Eesti_Vabariigi_Tartu_Ulikool, lk 43
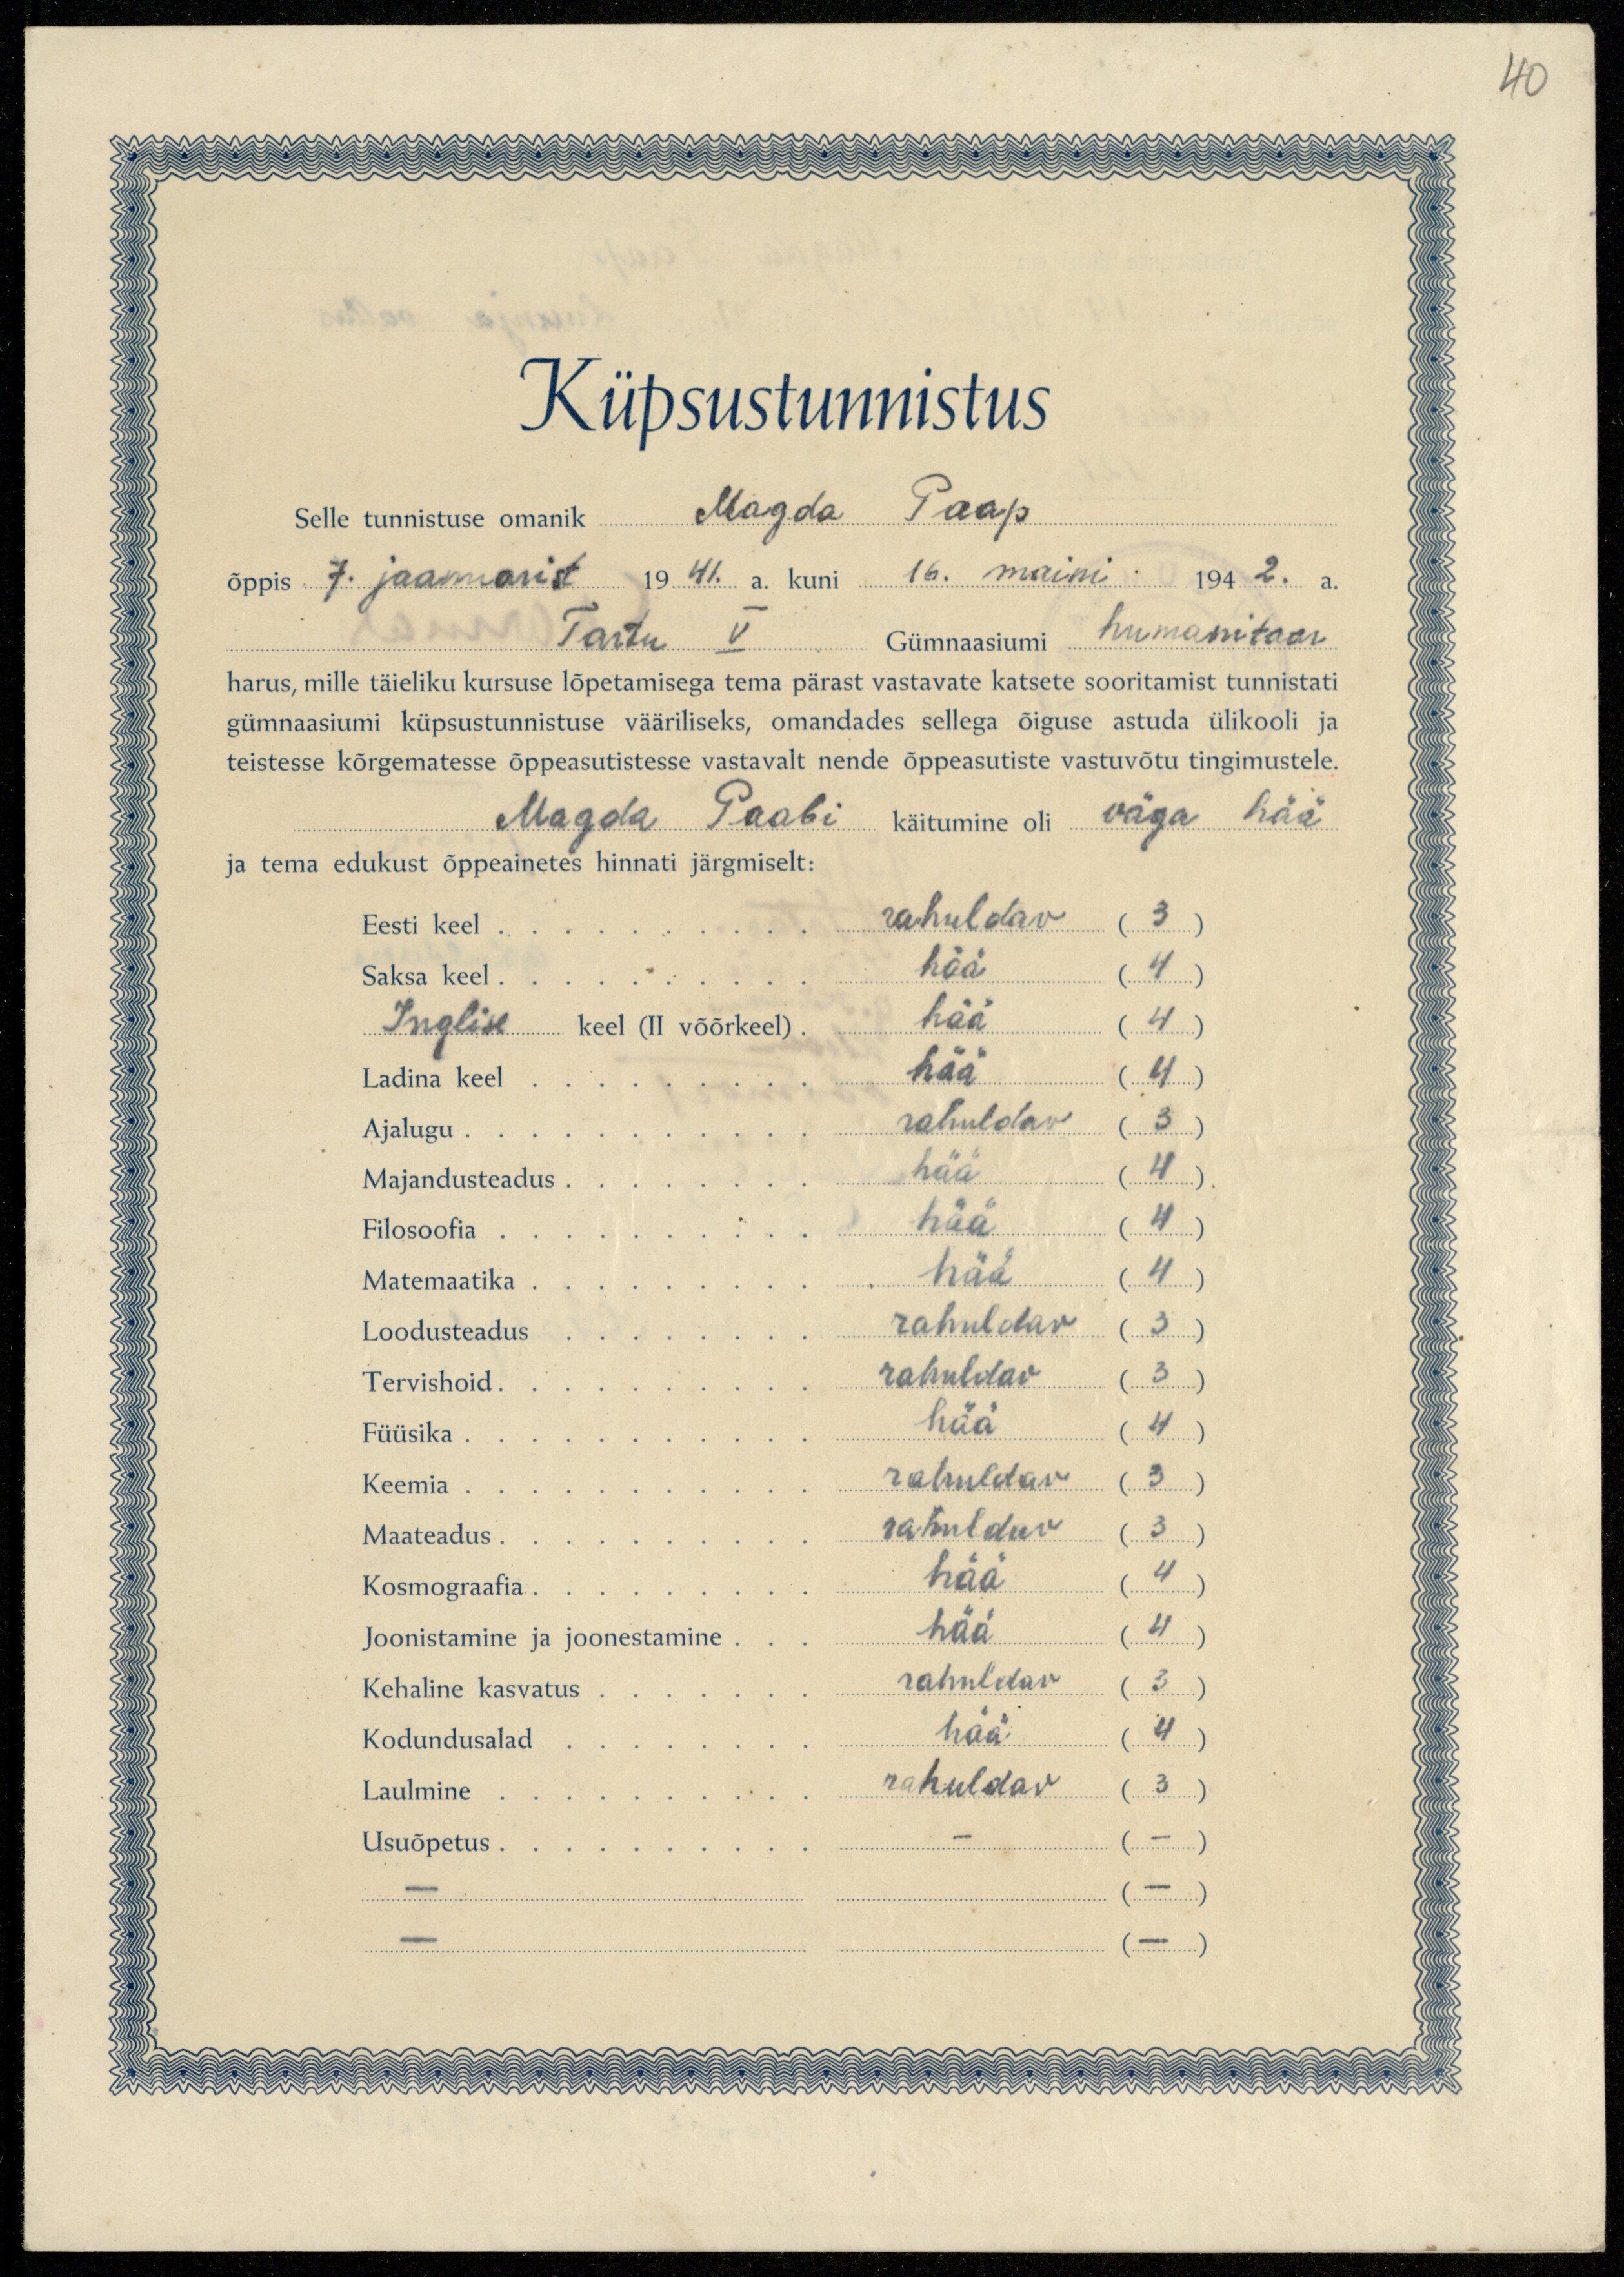
40

Küpsustunnistus
Selle tunnistuse omanik Magda Paap
õppis 7. jaanuarist 1941. a. kuni 16. maini 1942. a.
Tartu V Gümnaasiumi humanitaar
harus, mille täieliku kursuse lõpetamisega tema pärast vastavate katsete sooritamist tunnistati
gümnaasiumi küpsustunnistuse vääriliseks, omandades sellega õiguse astuda ülikooli ja
teistesse kõrgematesse õppeasutistesse vastavalt nende õppeasutiste vastuvõtu tingimustele.
Magda Paabi käitumine oli väga hää
ja tema edukust õppeainetes hinnati järgmiselt:
Eesti keel.... rahuldav (3)
Saksa keel......... hää (4)
Inglik keel (II võõrkeel). hää (4)
Ladina keel.... hää (4)
Ajalugu.......... rahuldav (3)
Majandusteadus.... hää (4).
Filosoofia........ hää (4)
Matemaatika.... hää (4)
Loodusteadus.... rahuldav (3)
Tervishoid.... rahuldav (3)
Füüsika.......... hää (4)
Keemia..... rahuldav (3)
Maateadus... rahuldav (3)
Kosmograafia... hää (4)
Joonistamine ja joonestamine... hää (4)
Kehaline kasvatus.... rahuldav (3)
Kodundusalad.... hää (4)
Laulmine........... rahuldav (3)
Usuõpetus... - (8)